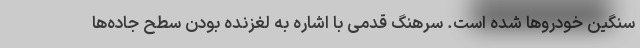
سنگین خودروها شده است. سرهنگ قدمی با اشاره به لغزنده بودن سطح جاده‌ها